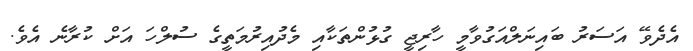
އެދެވޭ އަސަރު ބައިނަލްއަގުވާމީ ހާރިޖީ ގުޅުންތަކާއި މެދުއިރުމަތީގެ ސުލްހަ އަށް ކުރާނެ އެވެ.